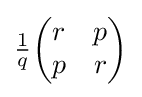
{\tfrac {1}{q}}{\begin{pmatrix}r&p\\p&r\end{pmatrix}}